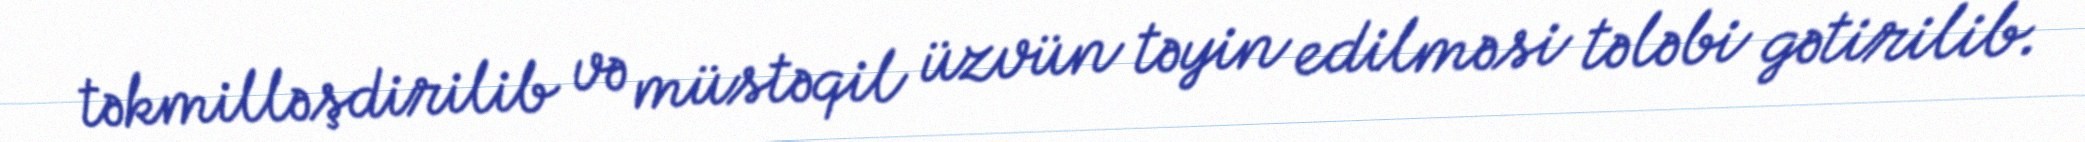
təkmilləşdirilib və müstəqil üzvün təyin edilməsi tələbi gətirilib.